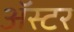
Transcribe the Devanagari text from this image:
ॲस्टर